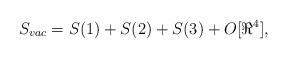
LaTeX: \begin{align*}S_{vac} = S(1) + S(2) + S(3) + O[ \Re^4 ] ,\end{align*}